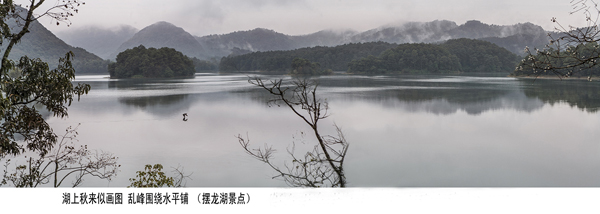
湖上春来似画图，乱峰围绕水平铺。